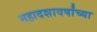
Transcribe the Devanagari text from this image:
महादशावर्षांच्या